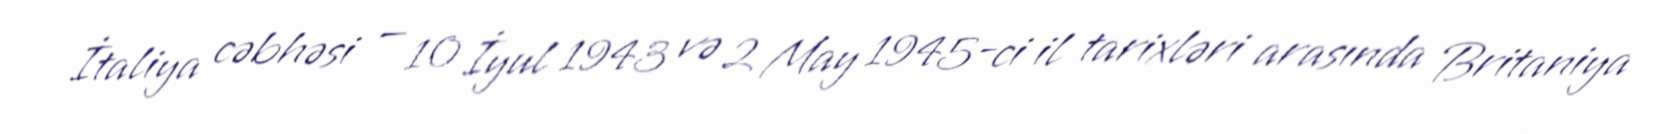
İtaliya cəbhəsi — 10 İyul 1943 və 2 May 1945-ci il tarixləri arasında Britaniya